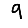
Digit: 9